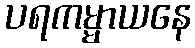
ပရကမ္မာယနေ